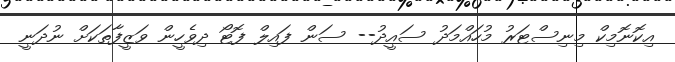
އިކޮނޮމިކް މިނިސްޓަރު މުހައްމަދު ސައީދު-- ސަން ފައިލް ފޮޓޯ ދިވެހީން ވަޒީފާތަކަށް ނުދަނީ